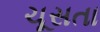
ચૂસતા